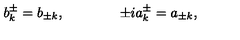
b _ { k } ^ { \pm } = b _ { \pm k } , \qquad \qquad \pm i a _ { k } ^ { \pm } = a _ { \pm k } ,